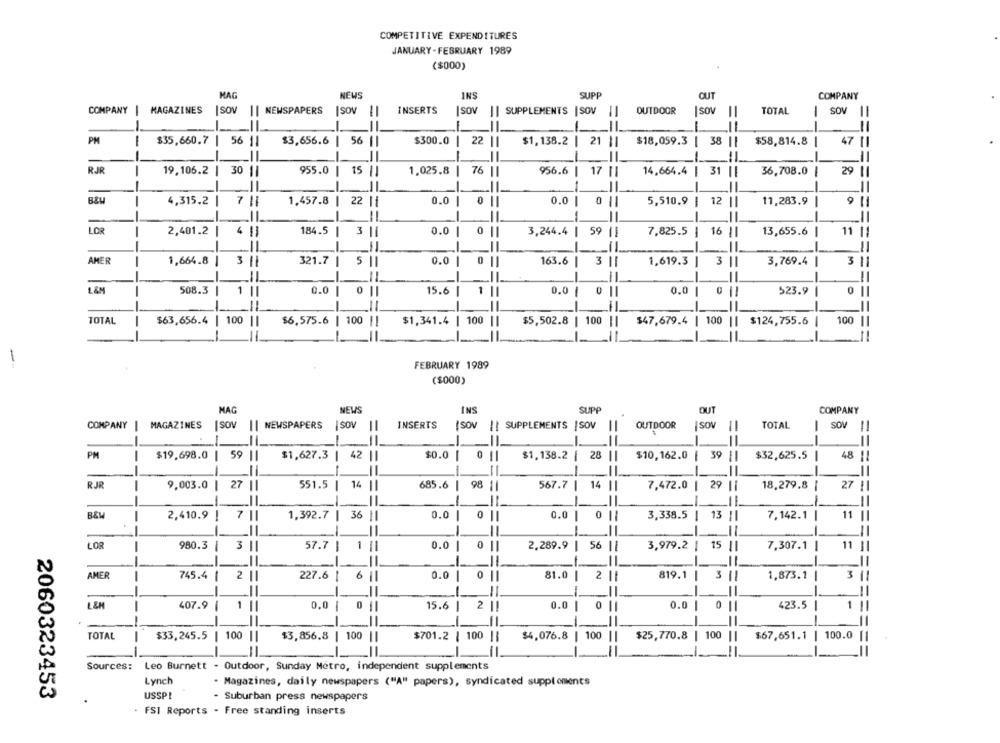
COMPETITIVE EXPENDITURES
JANUARY-FEBRUARY 1989
($000)
MAG
NEWS
INS
SUPP
CUT
COMPANY
COMPANY
MAGAZINES
SOV
NEWSPAPERS
ISOV
INSERTS
ISOV
|| SUPPLEMENTS | SOV
OUTDOOR
SOV
TOTAL
SOV
I
=
-
--
PM
$35,660.7
---
$3,656.6 |
56|
$300.0 |
$1,138.2
21
$18,059.3
38
11
$58,814.8
47
56 1
22 |1
RJR
19,106.2 | 30 1|
955.0
15
1.025.8
76 |1
956.6
--
14,664.4 | 31 ||
36,708.0
29
17 1
---
--
1.457.8 |
0.0
0.0|
0
9
4,315.2
4,315.2 | 7 ||
22 ||
0.0 | 0 ||
5,510.9 | 12 ||
11,283.9 |
-
LOR
2,401.2
4
184.5 |
3
0.0
3,244.4 | 59
11
0.0 | 0 ||
7,825.5 |
16 !|
13,655.6 |
-
AMER
1,664.8
311
321.7
5
0.0
163.6
3
3
1,619.3 |
3 ||
3,769.4 |
-----
L&M
508.3
0.0
0
1
15.6 |
1 ||
0.0 |
9.0 1
523.9
0
-
TOTAL
-
$63,656.4 | 100 ||
$6,575.6 | 100 ||
$1,341.4 | 100 ||
$5,502.8 | 100
-
$47,679.4 | 100 || $124,755.6
-
100 11
FEBRUARY 1989
($000)
INS
OUT
MAG
NEWS
SUPP
COMPANY
COMPANY
MAGAZINES
NEWSPAPERS
INSERTS
SOV
SOV
(SOV || SUPPLEMENTS | SOV
OUTDOOR
SOV
TOTAL
SOV
--
PM
===
$19,698.0
59 1
$1,627.3
42
$0.0 |
$1,138.2 |
28
$10,162.0 |
39 |
$32,625.5 |
48 !!
----
-
-
551.5
14
567.7
RJR
9,003.0
27
551.5 | 14 ||
685.6 | 98 11
14
7,472.0
1
29 |
18.279.8 |
27
-
--
B&W
2,410.9
7 |
1,392.7 |
36
0.0 | 0 ||
0.0
0
--
3,338.5
-
13
7,142.1
11
-
-
11
LOR
980.3
980.3 | 3 ||
3
57.7
57.7 | 1 ||
1
0.0 | 0|
2.289.9 | 56 ||
3,979.2 |
15
7,307.1
81.0
MER
745.4
2 |
227.6
61
0.0 | 0 ||
0.0
2
819.1
3
1,873.1
3
-
----
-
L &H
-
407.9
407.9 | 1 ||
1
0.0
0
15.6 |
2 |1
0.0
0
0.0
0
423.5
-
1
-
TOTAL
-
-
$33,245.5
| 100 ||
$3,856.8 | 100
$701.2 | 100 ||
$4,076.8 | 100
$25,770.8
100
$67,651.1 | 100.0 |
-
-
-
Sources:
Leo Burnett - Outdoor, Sunday Metro, independent supplements
Lynch
. Magazines, daily newspapers ("A" papers), syndicated supplements
2060323453
USSP!
- Suburban press newspapers
FSI Reports . Free standing inserts